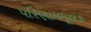
પરિણામમૂલક